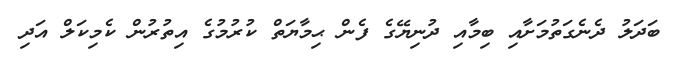
ބަދަލު ދެނެގަތުމަށާއި ބިމާއި ދުނިޔޭގެ ފެން ޙިމާޔަތް ކުރުމުގެ އިތުރުން ކެމިކަލް އަދި